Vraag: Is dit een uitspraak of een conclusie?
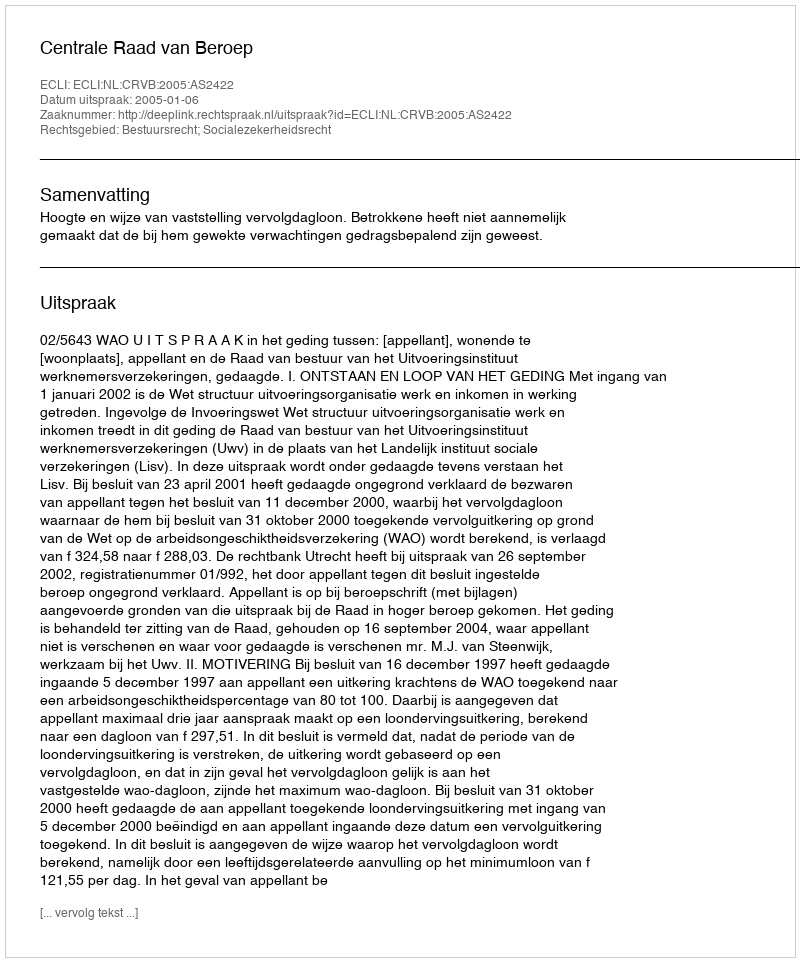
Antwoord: Uitspraak